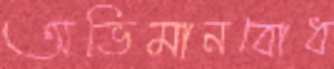
অভিমানবোধ